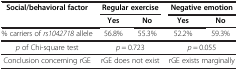
<table><thead><tr><td rowspan="2"><b>Social/behavioral factor</b></td><td colspan="2"><b>Regular exercise</b></td><td colspan="2"><b>Negative emotion</b></td></tr><tr><td><b>Yes</b></td><td><b>No</b></td><td><b>Yes</b></td><td><b>No</b></td></tr></thead><tbody><tr><td>% carriers of <i>rs1042718</i> allele</td><td>56.8%</td><td>55.3%</td><td>52.2%</td><td>59.3%</td></tr><tr><td><i>p</i> of Chi-square test</td><td colspan="2"><i>p</i> = 0.723</td><td colspan="2"><i>p</i> = 0.055</td></tr><tr><td>Conclusion concerning rGE</td><td colspan="2">rGE does not exist</td><td colspan="2">rGE exists marginally</td></tr></tbody></table>